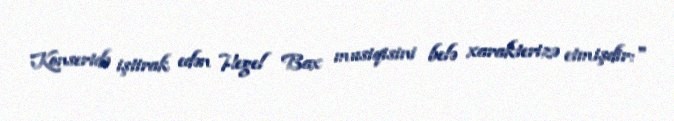
Konsertdə iştirak edən Hegel Bax musiqisini belə xarakterizə etmişdir:"